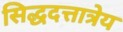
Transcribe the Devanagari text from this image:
सिद्धदत्तात्रेय